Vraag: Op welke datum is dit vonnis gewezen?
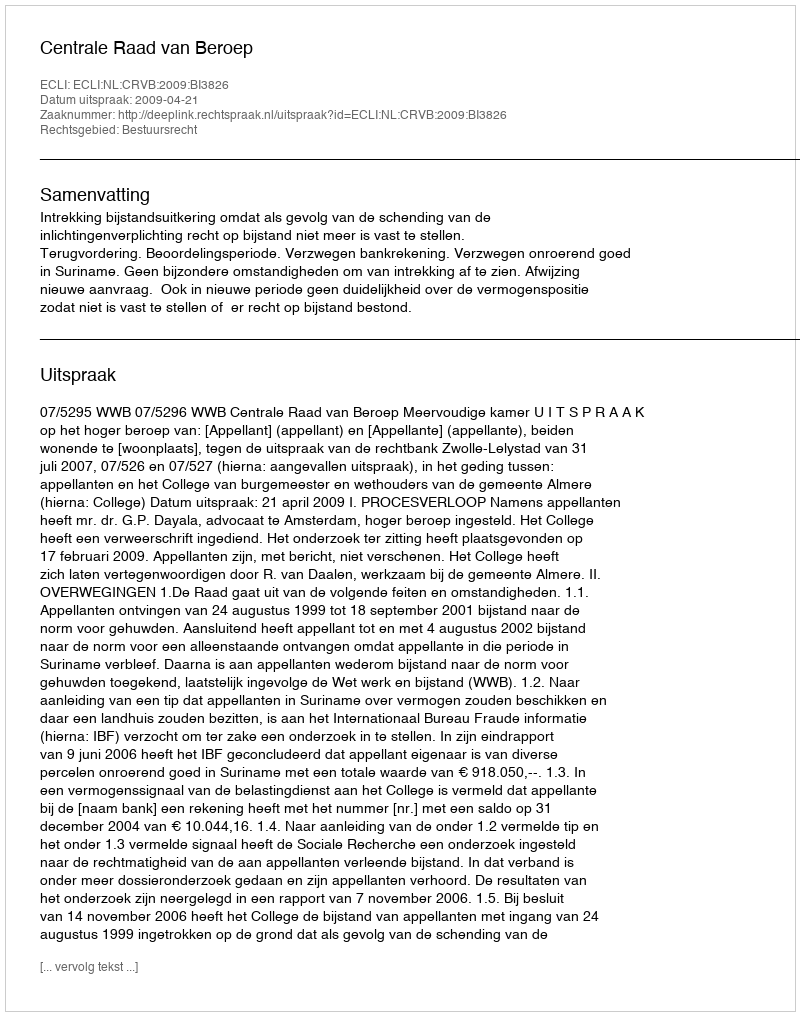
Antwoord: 2009-04-21